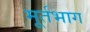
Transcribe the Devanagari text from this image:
मूर्तभाग